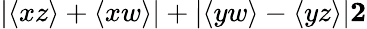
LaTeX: |\langle xz\rangle+\langle xw\rangle|+|\langle yw\rangle-\langle yz\rangle|\le 2